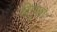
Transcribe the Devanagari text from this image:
विमुखाः